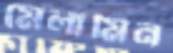
মেলামিন